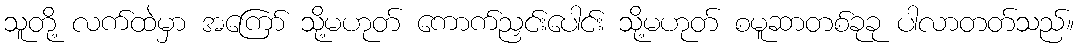
သူတို့ လက်ထဲမှာ အကြော် သို့မဟုတ် ကောက်ညှင်းပေါင်း သို့မဟုတ် စမူဆာတစ်ခုခု ပါလာတတ်သည်။